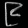
Digit: ၉